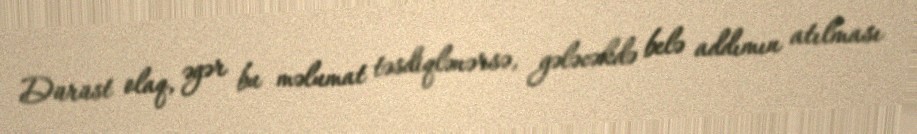
Dürüst olaq, əgər bu məlumat təsdiqlənərsə, gələcəkdə belə addımın atılması